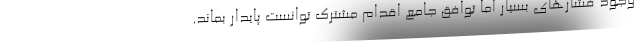
وجود فشارهای بسیار اما توافق جامع اقدام مشترک توانست پایدار بماند.